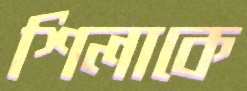
শিলাকে